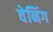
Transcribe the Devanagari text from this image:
वेनिंग